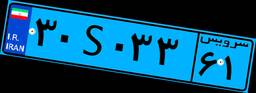
۴۸S۴۳۱۱۴